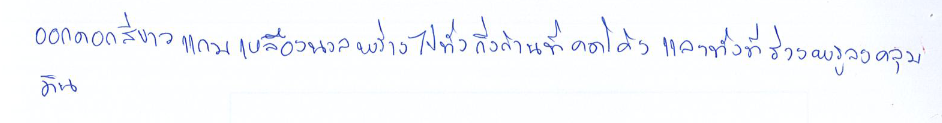
ออกดอกสีขาวแกมเหลืองนวลพร่างไปทั่วกิ่งก้านที่คดโค้งและทั้งที่ร่วงพรูลงคลุมดิน